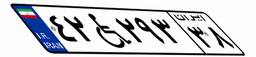
۴۲W۲۹۳۳۸